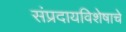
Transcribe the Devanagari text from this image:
संप्रदायविशेषाचे